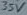
Text: 35V